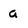
Character: a